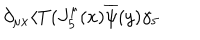
LaTeX: \partial _ { \mu x } \langle T ( J _ { 5 } ^ { \mu } ( x ) \overline { { { \psi } } } ( y ) \gamma _ { 5 }